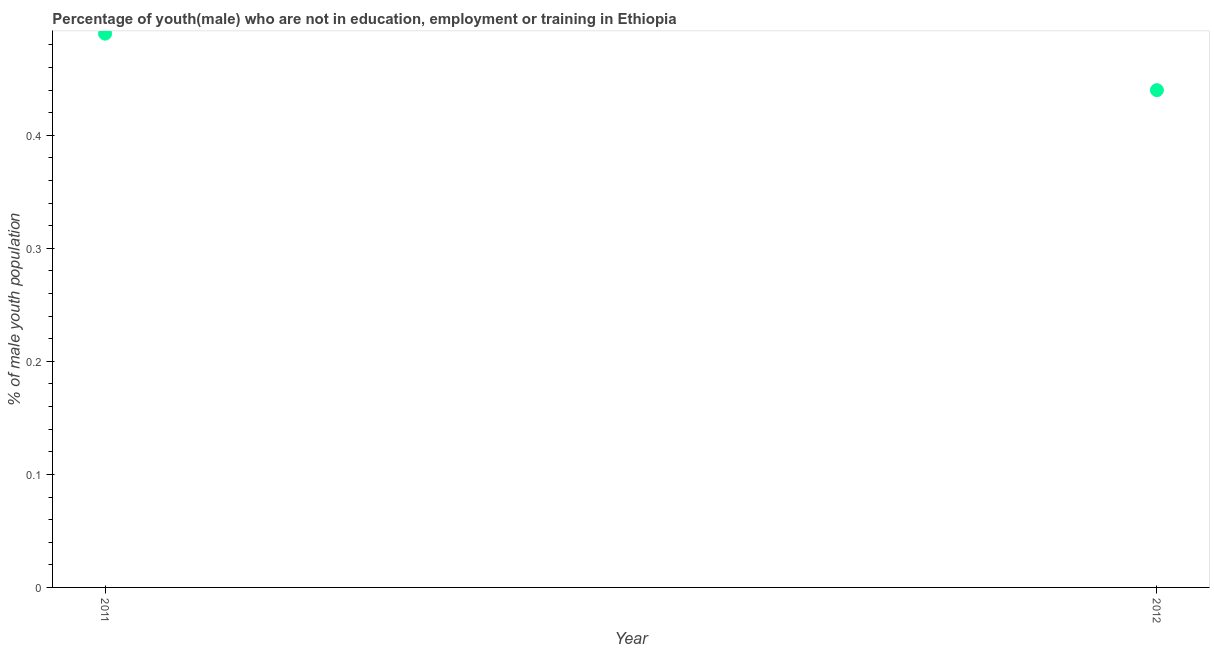
| Year | Unemployed(male) |
 | --- | --- |
 | 2011 | 0.49 |
 | 2012 | 0.44 |